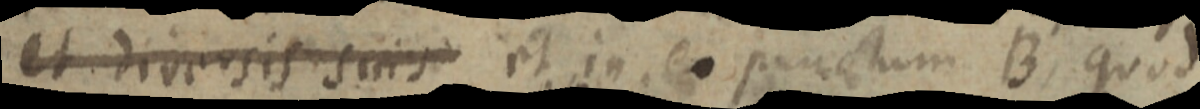
et diversis suis et in eo punctum B, quod